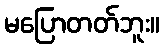
မပြောတတ်ဘူး။